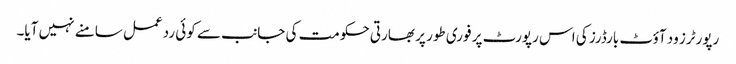
رپورٹرز ود آؤٹ بارڈرز کی اس رپورٹ پر فوری طور پر بھارتی حکومت کی جانب سے کوئی ردعمل سامنے نہیں آیا۔